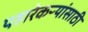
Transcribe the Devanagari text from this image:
पहारेकऱ्यांसाठी